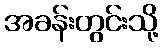
အခန်းတွင်းသို့